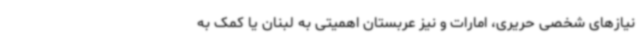
نیازهای شخصی حریری، امارات و نیز عربستان اهمیتی به لبنان یا کمک به